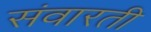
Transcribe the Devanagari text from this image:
संवारती